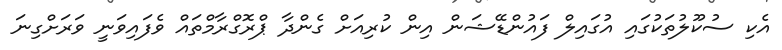
އެކި ސުކޫލުތަކުގައި އުގައިލް ފައުންޑޭޝަން އިން ކުރިއަށް ގެންދާ ޕްރޮގްރާމްތައްް ވެފައިވަނީ ވަރަށްގިނަ